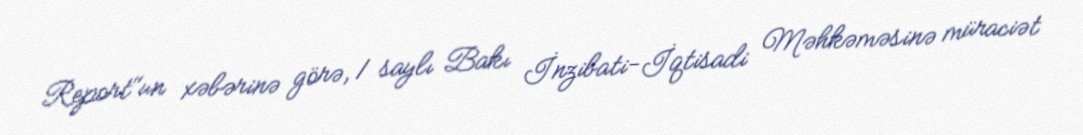
Report"un xəbərinə görə, 1 saylı Bakı İnzibati-İqtisadi Məhkəməsinə müraciət